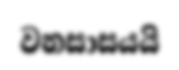
වනසාසයයි